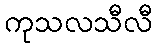
ကုသလသီလီ